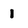
Character: 1